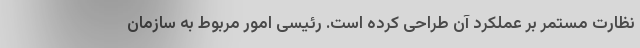
نظارت مستمر بر عملکرد آن طراحی کرده است. رئیسی امور مربوط به سازمان